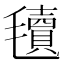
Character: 𣰬